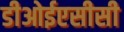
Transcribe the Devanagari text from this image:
डीओईएसीसी